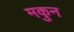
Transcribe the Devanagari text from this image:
मकुन